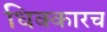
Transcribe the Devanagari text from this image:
धिक्कारच